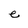
Character: e